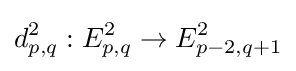
d_{p,q}^{2}:E_{p,q}^{2}\to E_{p-2,q+1}^{2}